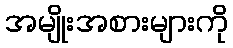
အမျိုးအစားများကို